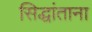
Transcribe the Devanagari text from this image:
सिद्धांताना